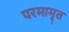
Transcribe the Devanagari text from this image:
परमामृत